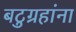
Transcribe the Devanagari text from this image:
बटुग्रहांना